Applicability to medico-legal practice in India of the biochemical tests for the origin of blood-stains - Number 39
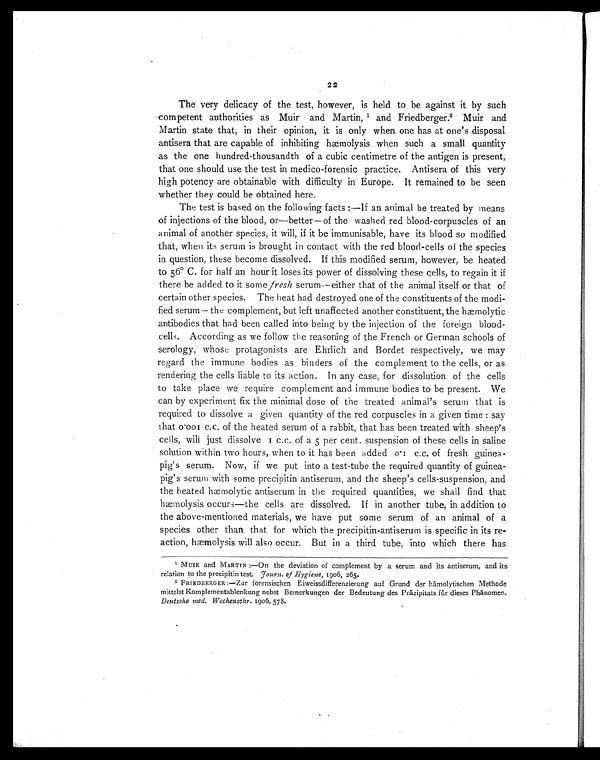
22
The very delicacy of the test, however, is held to be against it by such
competent authorities as Muir and Martin, 1 and Friedberger.2 Muir and
Martin state that, in their opinion, it is only when one has at one's disposal
antisera that are capable of inhibiting hæmolysis when such a small quantity
as the one hundred-thousandth of a cubic centimetre of the antigen is present,
that one should use the test in medico-forensic practice. Antisera of this very
high potency are obtainable with difficulty in Europe. It remained to be seen
whether they could be obtained here.
The test is based on the following facts:—If an animal be treated by means
of injections of the blood, or—better--of the washed red blood-corpuscles of an
animal of another species, it will, if it be immunisable, have its blood so modified
that, when its serum is brought in contact with the red blood-cells of the species
in question, these become dissolved. If this modified serum, however, be heated
to 56° C. for half an hour it loses its power of dissolving these cells, to regain it if
there be added to it some fresh serum—either that of the animal itself or that of
certain other species. The heat had destroyed one of the constituents of the modi-
fied serum— the complement, but left unaffected another constituent, the hæmolytic
antibodies that had been called into being by the injection of the foreign blood-
cells. According as we follow the reasoning of the French or German schools of
serology, whose protagonists are Ehrlich and Bordet respectively, we may
regard the immune bodies as binders of the complement to the cells, or as
rendering the cells liable to its action. In any case, for dissolution of the cells
to take place we require complement and immune bodies to be present. We
can by experiment fix the minimal dose of the treated animal's serum that is
required to dissolve a given quantity of the red corpuscles in a given time: say
that 0.001 c.c. of the heated serum of a rabbit, that has been treated with sheep's
cells, will just dissolve 1 c.c. of a 5 per cent. suspension of these cells in saline
solution within two hours, when to it has been added 0.1 c.c. of fresh guinea-
pig's serum. Now, if we put into a test-tube the required quantity of guinea-
pig's serum with some precipitin antiserum, and the sheep's cells-suspension, and
the heated hæmolytic antiserum in the required quantities, we shall find that
hæmolysis occurs—the cells are dissolved. If in another tube, in addition to
the above-mentioned materials, we have put some serum of an animal of a
species other than that for which the precipitin-antiserum is specific in its re-
action, hæmolysis will also occur. But in a third tube, into which there has
1
MUIR and MARTIN :—On the deviation of complement by a serum and its antiserum, and its
relation to the precipitin test. fourn. of Hygiene, 1906, 265.
2 FRIEDBERGER :—Zur forensischen Eiweissdifferenzierung auf Grund der hämolytischen Methode
mittelst Komplementablenkung nebst Bernerkungen der Bedeutung des Präzipitats für dieses Phänomen.
Deutsche med. Wochenschr. 1906, 578.